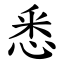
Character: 悉